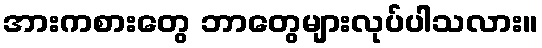
အားကစားတွေ ဘာတွေများလုပ်ပါသလား။